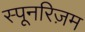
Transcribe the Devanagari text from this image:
स्पूनरिज़म